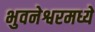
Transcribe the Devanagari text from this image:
भुवनेश्वरमध्ये